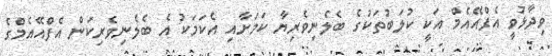
ވިދާޅުވީ އެފްއޭއެމް އަކީ ކުލަބުތަކުގެ ބެލެނިވެރިޔާ ކަމަށާއި އެކަމަކު އެ ބެލެނިވެރިކަން އެފްއޭއެމްގެ